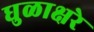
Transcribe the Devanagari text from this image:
धुळाक्षरे